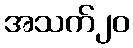
အသက်၂၀